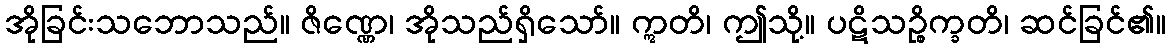
အိုခြင်းသဘောသည်။ ဇိဏ္ဏေ၊ အိုသည်ရှိသော်။ ဣတိ၊ ဤသို့။ ပဋိသဉ္စိက္ခတိ၊ ဆင်ခြင်၏။